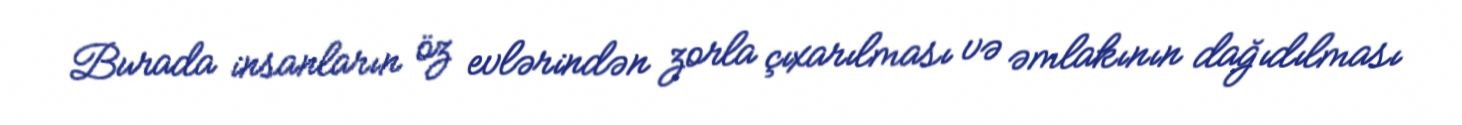
Burada insanların öz evlərindən zorla çıxarılması və əmlakının dağıdılması